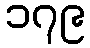
၁၇၉